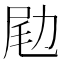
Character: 𠡨